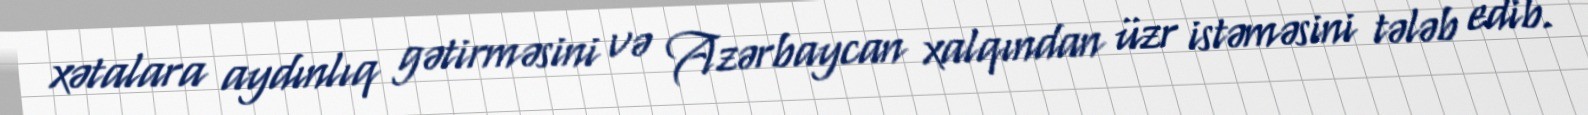
xətalara aydınlıq gətirməsini və Azərbaycan xalqından üzr istəməsini tələb edib.